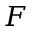
F